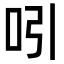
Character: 吲